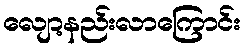
လျော့နည်းလာကြောင်း